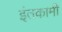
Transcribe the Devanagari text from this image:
इंतकामी